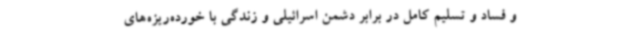
و فساد و تسلیم کامل در برابر دشمن اسرائیلی و زندگی با خورده‌ریزه‌های